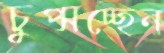
চুপ্‌সচ্ছেন